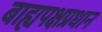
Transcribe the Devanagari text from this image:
बाह्यपक्षप्रधान